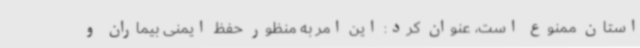
استان ممنوع است، عنوان کرد: این امر به منظور حفظ ایمنی بیماران و